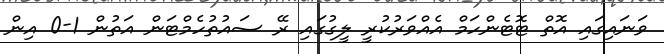
ވަނައިގައި އޮތް ޓޮޓެންހަމް އެއްވަރުކުރީ ލީގުގައި ރޭ ސައުތުހެމްޓަން އަތުން 1-0 އިން